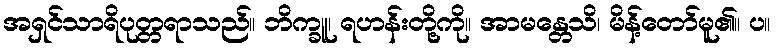
အရှင်သာရိပုတ္တရာသည်။ ဘိက္ခူ၊ ရဟန်းတို့ကို။ အာမန္တေသိ၊ မိန့်တော်မူ၏။ ပ။